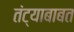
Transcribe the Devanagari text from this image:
तंट्याबाबत